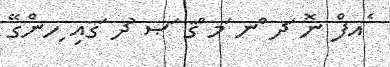
ެއފް ނޮ ަދ ްނ ަމ ްޤ ަޞ ުދ ަގއި ިހންގޭ